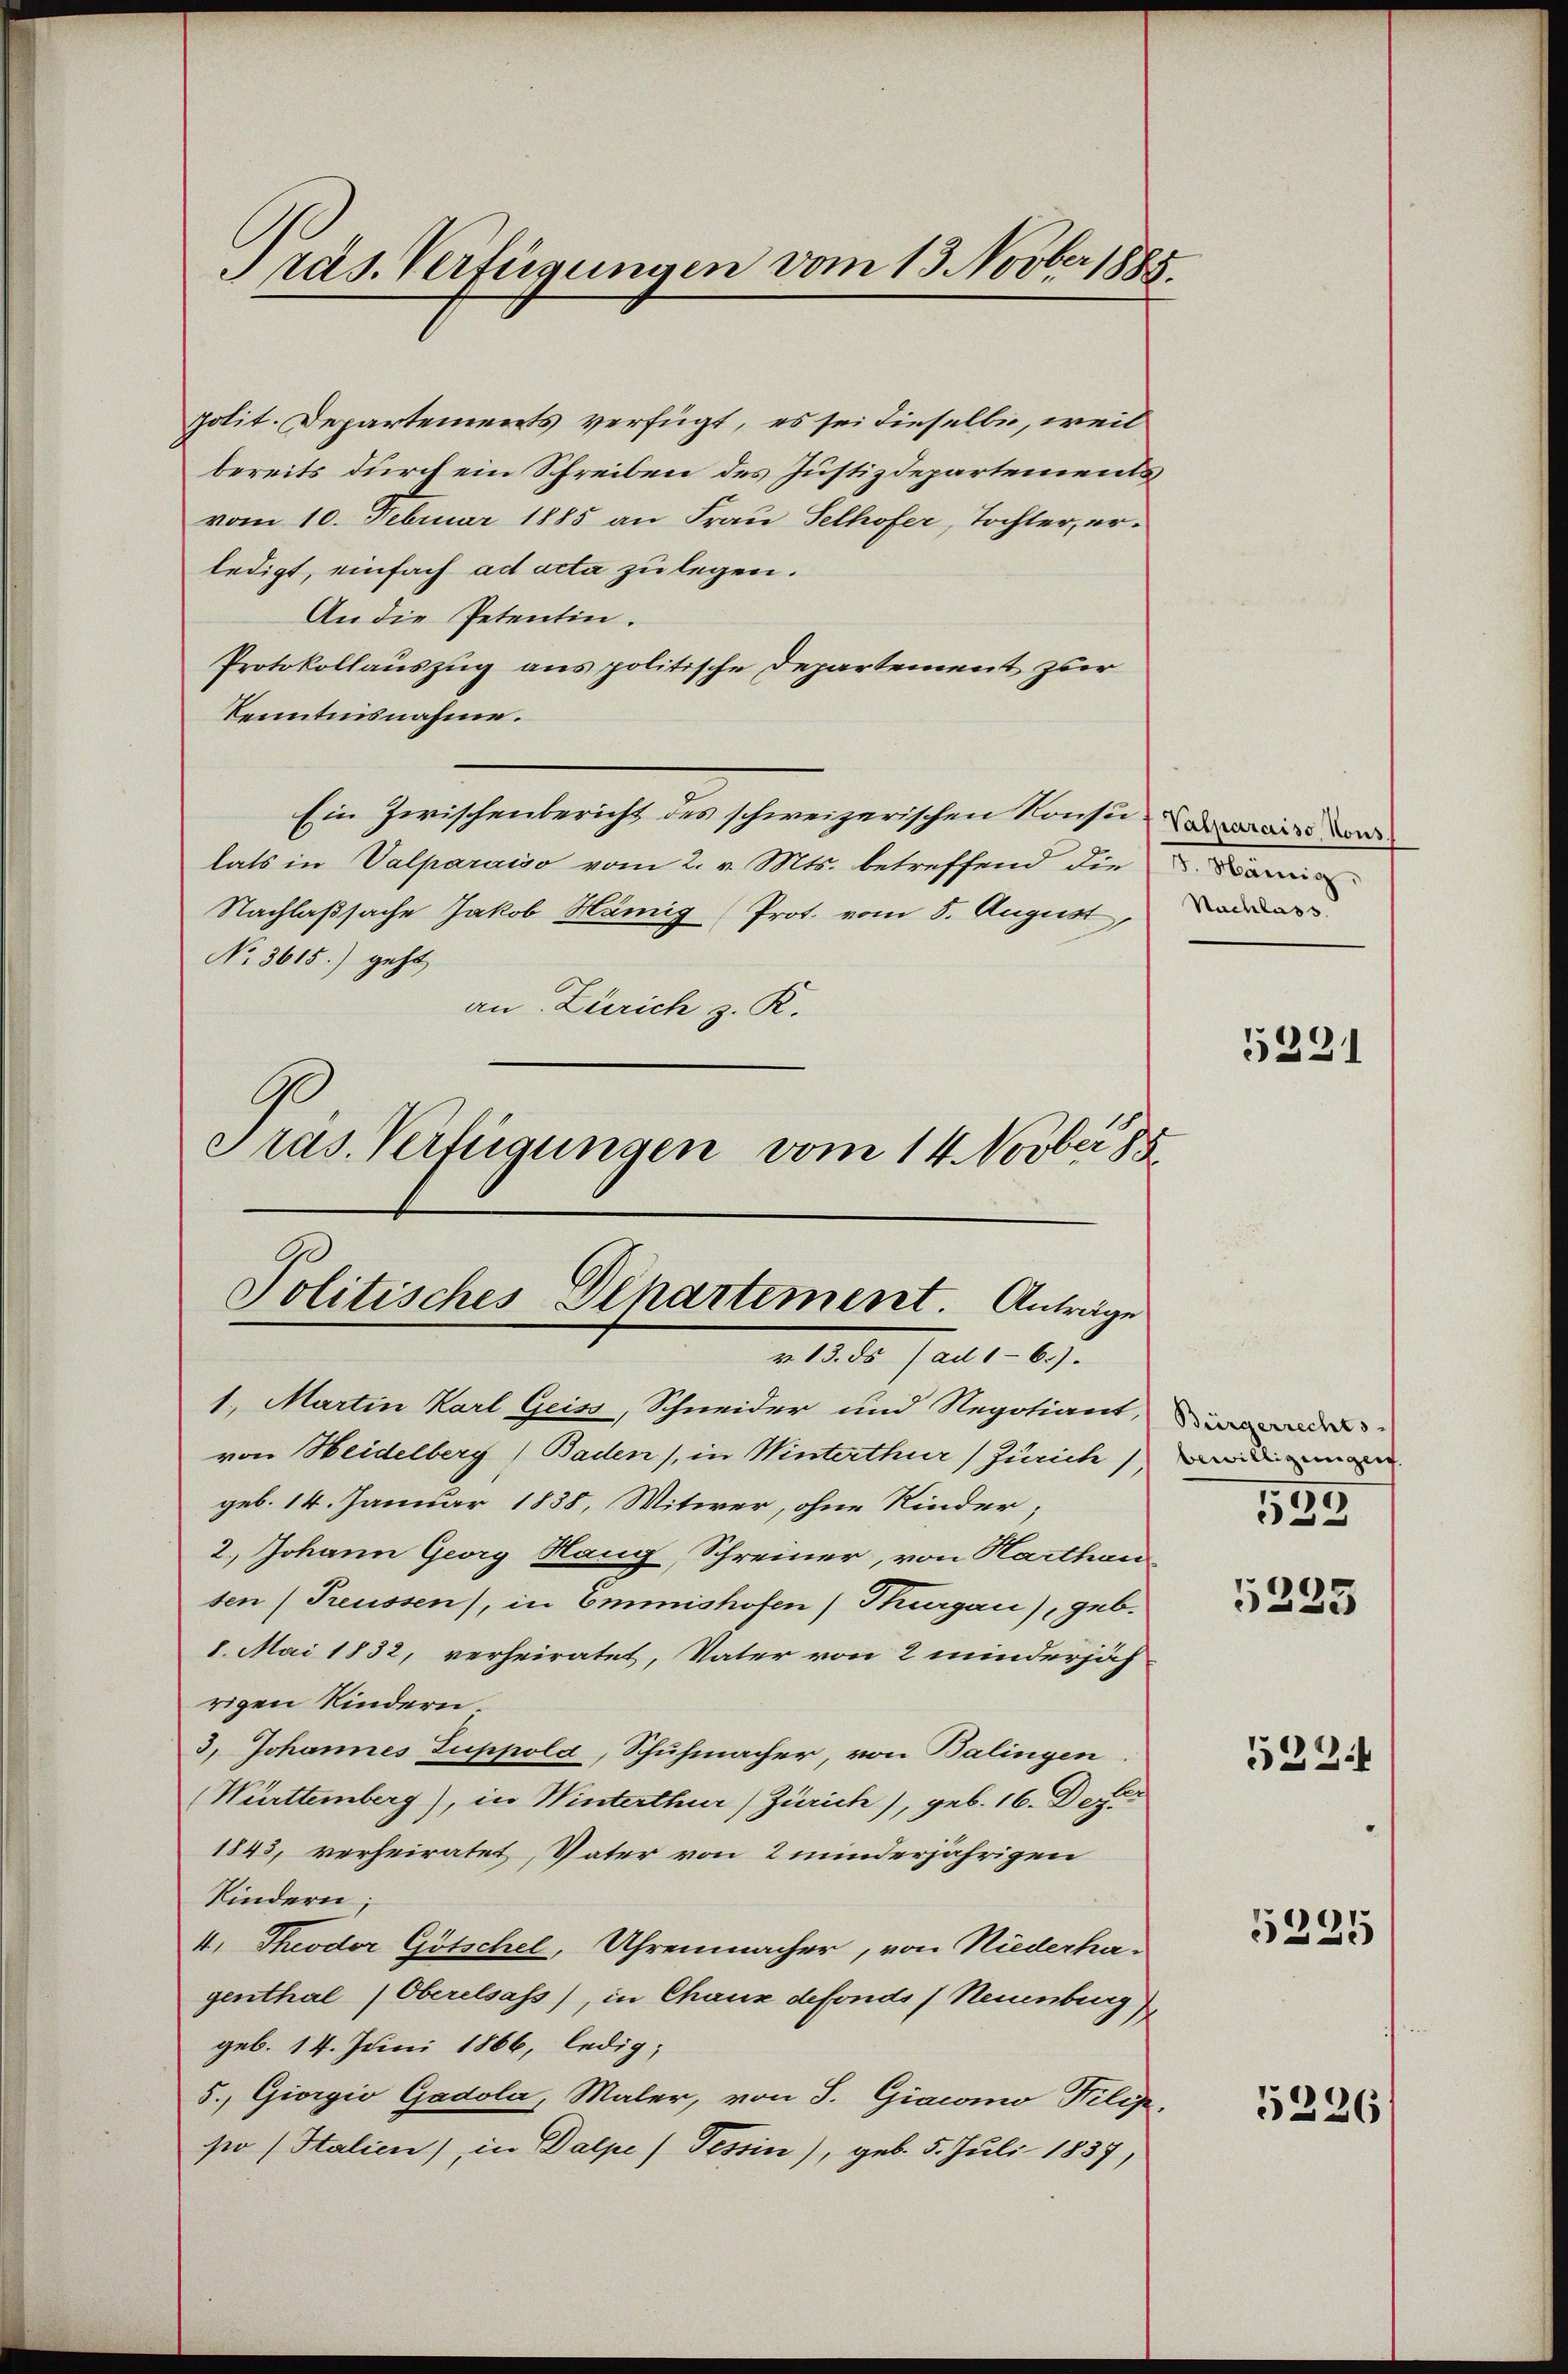
Präs. Verfügungen vom 13. Novber 1885.

Politisches Plhartement. Anträge
v. 13. ds (ad 1-6.).

1. Martin Karl Geiss, Schneider und Negotiant,
von Heidelberg, Baden), in Winterthur) Zürich),
geb. 14. Januar 1838, Witwer, ohne Kinder;
2.) Johann Georg Hang, Schreiner, von Harthan
ten (Preussen), in Emmishofen) Thurgau), geb.
8. Mai 1832, verheiratet, Vater von 2 minderjäh
rigen Kindern.
3) Johannes Suppold, Schuhmacher, von Balingen
(Württemberg), in Winterthur) Zürich), geb. 16. Deze
1843, verheiratet, Vater von 2 minderjährigen
Kindern;
4, Theodor Götschel, Uhrenmacher, von Niederha-
genthal (Oberelsass, in Chaux defonds (Neuenburg)
geb. 14. Juni 1866, ledig;
5., Giorgio Gadola, Maler, von J. Giacomo Pilip
po (Stalien), in Dalpe ) Tessin), geb. 5. Juli 1837,

polit. Departements verfügt, es sei dieselbe, weil
bereits durch ein Schreiben des Justizdepartements
vom 10. Februar 1885 an Frau Selhofer, Tochter, erledigt, einfach ad acta zu legen.
An die Petentin.
Protokollauszug aus politische Departement zur
Kenntnisnahme.
Ein Zwischenbericht des schweizerischen Konsidaire de
lats in Valparaiso vom 2. v. Mts. betreffend die i
Nachlaßsache Jakob Hämig Prot. vom 5. August,
No 3615.) geht
an Zürich z. R.
Präs. Verfügungen vom 14. Novber 18

Nachlass

5231

Bürgerrechts-
bewilligungen.
)
.

5233

5221

5225

5226